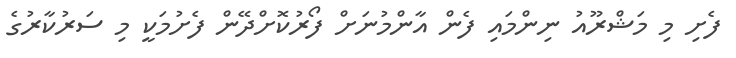
ފެށި މި މަޝްރޫއު ނިންމައި ފެން އާންމުނަށް ފޯރުކޮށްދޭން ފެށުމަކީ މި ސަރުކާރުގެ